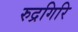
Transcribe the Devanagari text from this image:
रुद्रगिरि